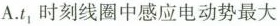
A. $$t_{1}$$ 时刻线圈中感应电动势最大